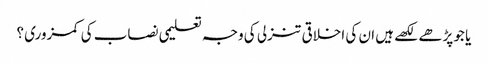
یا جو پڑھے لکھے ہیں ان کی اخلاقی تنزلی کی وجہ تعلیمی نصاب کی کمزوری ؟